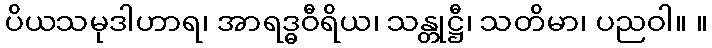
ပိယသမုဒါဟာရ၊ အာရဒ္ဓဝီရိယ၊ သန္တုဋ္ဌီ၊ သတိမာ၊ ပညဝါ။ ။